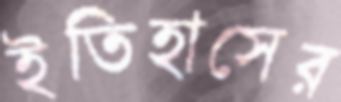
ইতিহাসের